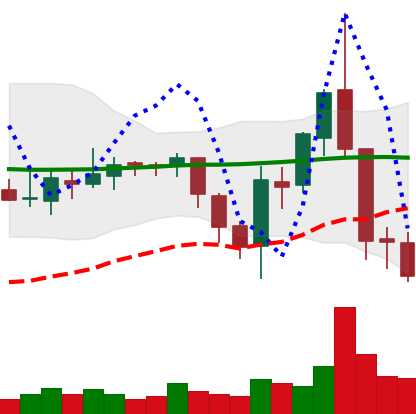
Ticker: ETC-USD
Chart end date: 2018-08-10
Forward return: -8.87%
Label: down_7plus